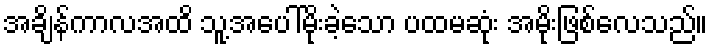
အချိန်ကာလအထိ သူ့အပေါ်မိုးခဲ့သော ပထမဆုံး အမိုးဖြစ်လေသည်။